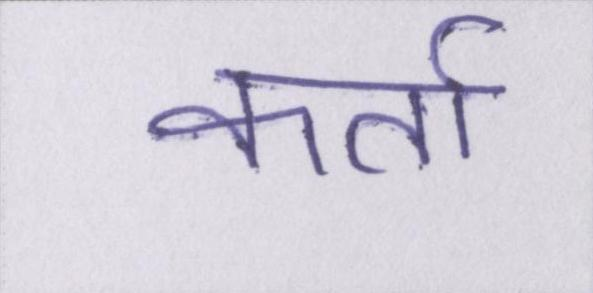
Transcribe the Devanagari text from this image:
कर्ता